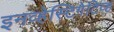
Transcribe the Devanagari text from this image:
इनव्हेस्टिगेटिव्ह